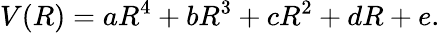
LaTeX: V(R)=aR^{4}+bR^{3}+cR^{2}+dR+e.